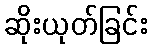
ဆိုးယုတ်ခြင်း